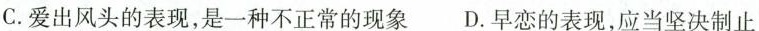
C.爱出风头的表现，是一种不正常的现象 D.早恋的表现，应当坚决制止